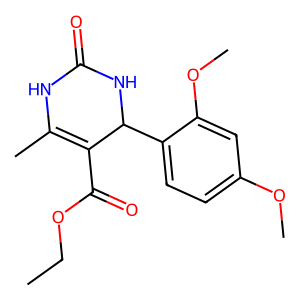
SMILES: CCOC(=O)C1=C(C)NC(=O)NC1c1ccc(OC)cc1OC
Inhibits HIV replication: No